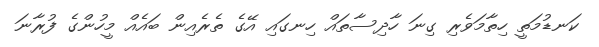
ކަނޑުމަތީ ހިތާމަވެރި ގިނަ ހާދިސާތައް ހިނގައި އޭގެ ތެރެއިން ބައެއް މީހުންގެ ފުރާނަ